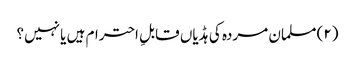
(۲) مسلمان مردہ کی ہڈیاں قابلِ احترام ہیں یا نہیں؟